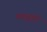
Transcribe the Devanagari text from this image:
मख्जुमी